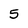
Character: 5